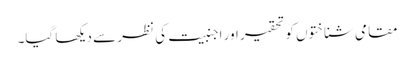
مقامی شناختوں کو تحقیر اور اجنبیت کی نظر سے دیکھا گیا۔